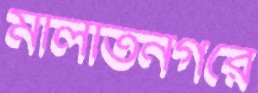
মালতিনগরে